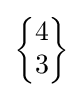
{\begin{Bmatrix}4\\3\end{Bmatrix}}